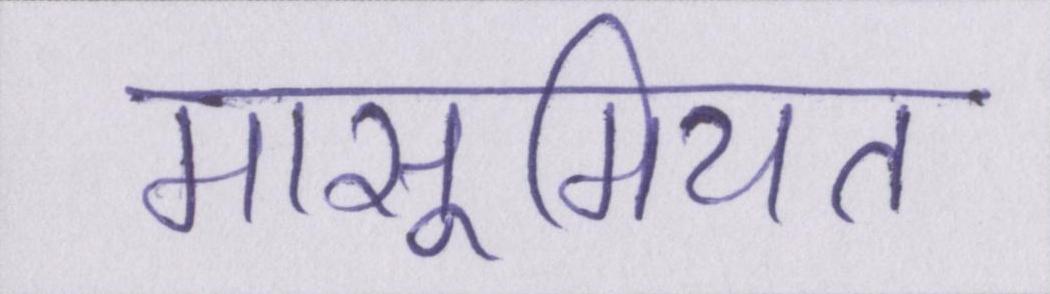
मासूमियत